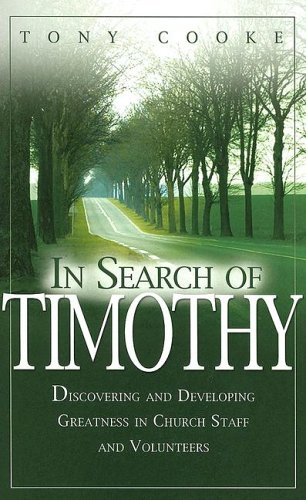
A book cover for In Search of Timothy; Tony Cooke; Christian Books & Bibles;